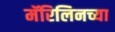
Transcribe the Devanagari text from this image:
मॅरिलिनच्या